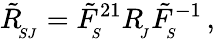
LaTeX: \tilde{R}_{_{\! SJ}}^{}=\tilde{F}_{_{\! S}}^{21}R_{_{\! J}}^{}\tilde{F}_{_{\! S}}^{-1}\, ,